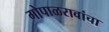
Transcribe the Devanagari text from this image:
गोपाळरावांचा